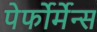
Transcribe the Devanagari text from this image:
पेर्फोर्मेन्स